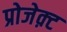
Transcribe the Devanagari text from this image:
प्रोजेक़्ट